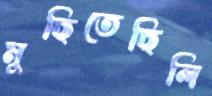
মুছিতেছিলি